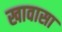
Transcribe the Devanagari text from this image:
खावासा